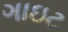
ગાઇટ